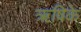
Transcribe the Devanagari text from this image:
ऋषिके